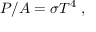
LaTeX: P / A = \sigma T ^ { 4 } \ ,